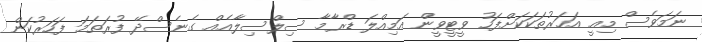
ނަމަވެސް މިއީ އަހަރުތަކަކަށްފަހު ވީޓީވީން އަމިއްލަ ޑްރާމާ ސިލްސިލާއެއް ގެނެސްދޭ ފުރަތަމަ ފަހަރުކަން